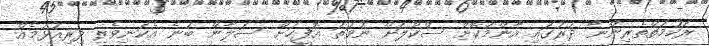
ރަހުމަތްތެރިންނާ ދުރުގައި އާންމުކޮށް ސްކޫލަށް ނުވަތަ އޮފީހަށް ސަލާން ބުނެ އެކަނިވެރި ދިރިއުޅުމެއް